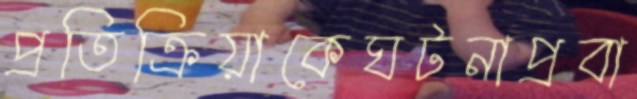
প্রতিক্রিয়াকেঘটনাপ্রবা